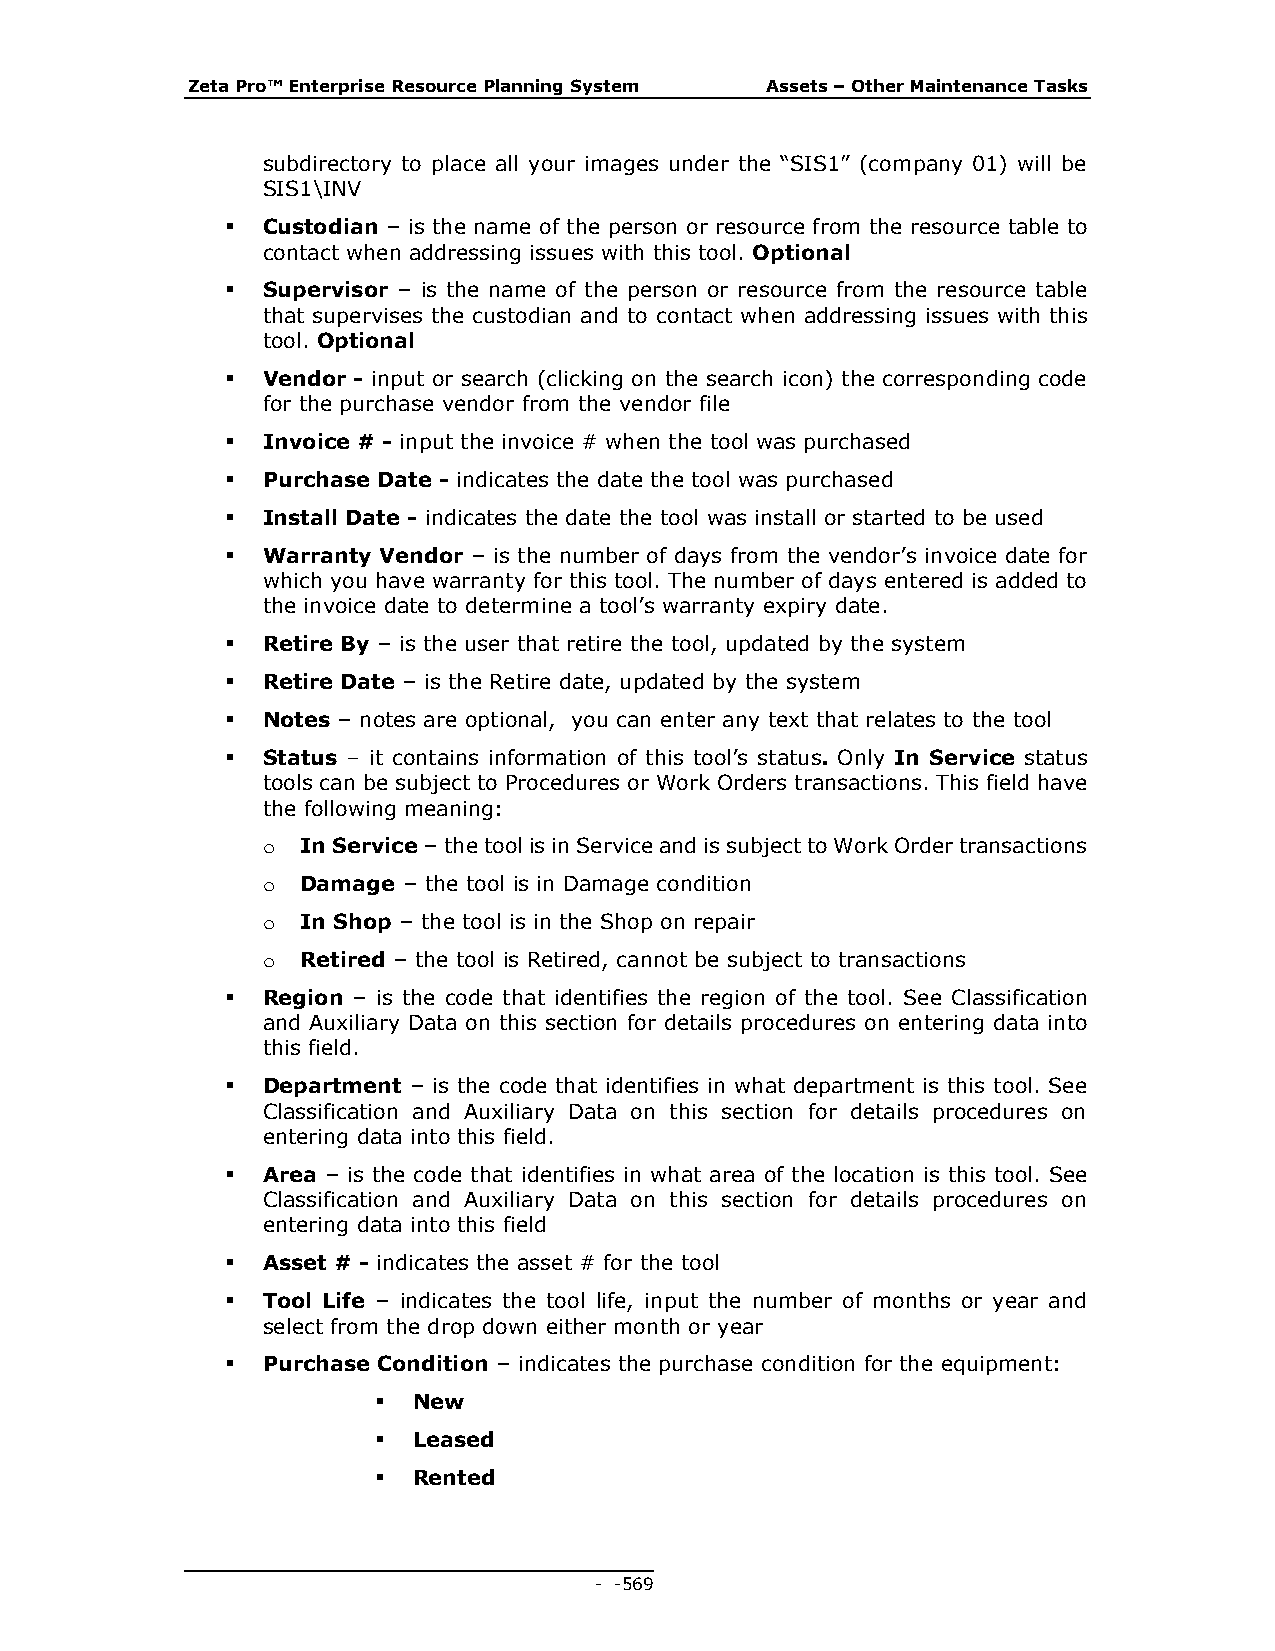
Zeta Pro™ Enterprise Resource Planning System Assets – Other Maintenance Tasks
 subdirectory to place all your images under the “SIS1” (company 01) will be
 SIS1\INV
  Custodian – is the name of the person or resource from the resource table to
 contact when addressing issues with this tool. Optional
  Supervisor – is the name of the person or resource from the resource table
 that supervises the custodian and to contact when addressing issues with this
 tool. Optional
  Vendor - input or search (clicking on the search icon) the corresponding code
 for the purchase vendor from the vendor file
  Invoice # - input the invoice # when the tool was purchased
  Purchase Date - indicates the date the tool was purchased
  Install Date - indicates the date the tool was install or started to be used
  Warranty Vendor – is the number of days from the vendor’s invoice date for
 which you have warranty for this tool. The number of days entered is added to
 the invoice date to determine a tool’s warranty expiry date.
  Retire By – is the user that retire the tool, updated by the system
  Retire Date – is the Retire date, updated by the system
  Notes – notes are optional, you can enter any text that relates to the tool
  Status – it contains information of this tool’s status. Only In Service status
 tools can be subject to Procedures or Work Orders transactions. This field have
 the following meaning:
 o  In Service – the tool is in Service and is subject to Work Order transactions
 o  Damage – the tool is in Damage condition
 o  In Shop – the tool is in the Shop on repair
 o  Retired – the tool is Retired, cannot be subject to transactions
  Region – is the code that identifies the region of the tool. See Classification
 and Auxiliary Data on this section for details procedures on entering data into
 this field.
  Department – is the code that identifies in what department is this tool. See
 Classification and Auxiliary Data on this section for details procedures on
 entering data into this field.
  Area – is the code that identifies in what area of the location is this tool. See
 Classification and Auxiliary Data on this section for details procedures on
 entering data into this field
  Asset # - indicates the asset # for the tool
  Tool Life – indicates the tool life, input the number of months or year and
 select from the drop down either month or year
  Purchase Condition – indicates the purchase condition for the equipment:
  New
  Leased
  Rented
 - - 569